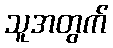
သူအတွက်